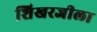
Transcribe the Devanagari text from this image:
शिखरजीला